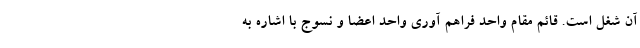
آن شغل است. قائم مقام واحد فراهم آوری واحد اعضا و نسوج با اشاره به